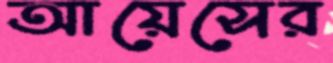
আয়েসের